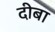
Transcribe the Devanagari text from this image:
दीबा